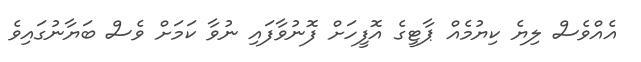
އެއްވެސް ލިޔެ ކިޔުމެއް ޕާޓީގެ އޮފީހަށް ފޮނުވާފައި ނުވާ ކަމަށް ވެސް ބަޔާނުގައިވެ